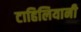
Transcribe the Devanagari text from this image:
टाहिलियानी